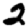
Digit: 2